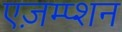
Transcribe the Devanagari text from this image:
एज़म्प्शन